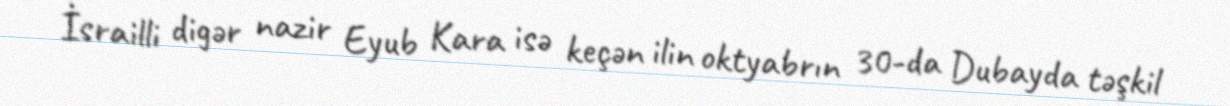
İsrailli digər nazir Eyub Kara isə keçən ilin oktyabrın 30-da Dubayda təşkil